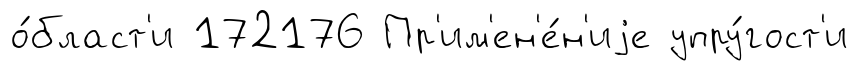
о́бласт'и 172176 Пр'им'ен'е́н'иjе упру́гост'и